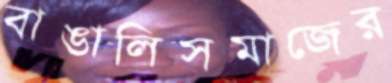
বাঙালিসমাজের